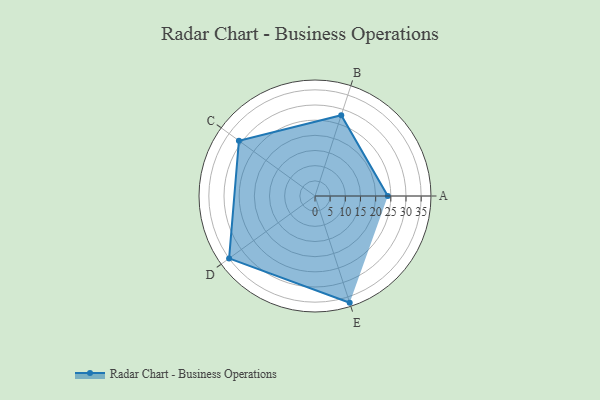
{"axis": {"x": "Skill", "y": "Score"}, "legend": ["Profile"], "data": [{"x": "A", "y": 24.0, "type": "Profile"}, {"x": "B", "y": 28.0, "type": "Profile"}, {"x": "C", "y": 31.0, "type": "Profile"}, {"x": "D", "y": 35.0, "type": "Profile"}, {"x": "E", "y": 37.0, "type": "Profile"}]}